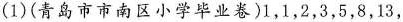
(1)(青岛市市南区小学毕业卷)1，1，2，3，5，8，13，